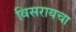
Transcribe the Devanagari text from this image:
विसरायचा